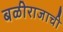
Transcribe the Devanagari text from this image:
बळीराजाची